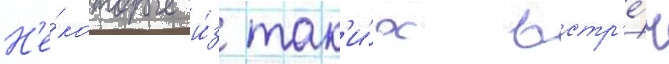
Н'е́которые и́з так'и́х встр'е́ч